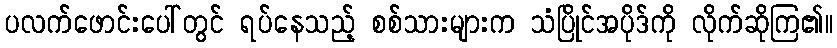
ပလက်ဖောင်းပေါ်တွင် ရပ်နေသည့် စစ်သားများက သံပြိုင်အပိုဒ်ကို လိုက်ဆိုကြ၏။